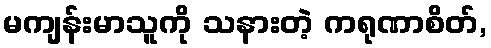
မကျန်းမာသူကို သနားတဲ့ ကရုဏာစိတ်,